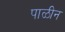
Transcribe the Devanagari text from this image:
पाळीन